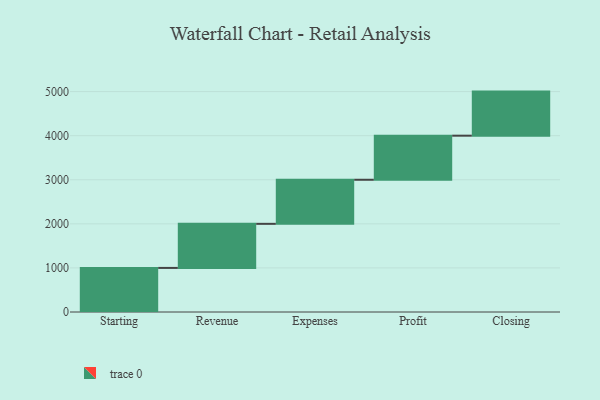
{"axis": {"x": "Step", "y": "Value"}, "legend": [""], "data": [{"x": "Starting", "y": 1000, "type": ""}, {"x": "Revenue", "y": 1000, "type": ""}, {"x": "Expenses", "y": 1000, "type": ""}, {"x": "Profit", "y": 1000, "type": ""}, {"x": "Closing", "y": 1000, "type": ""}]}